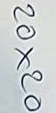
20x20